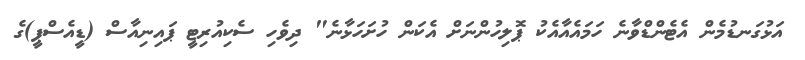
އަޅުގަނޑުމެން އެޓެންޑްވާނެ ހަމައެއާއެކު ޕޮލިހުންނަށް އެކަން ހުށަހަޅާނެ" ދިވެހި ސެކިއުރިޓީ ޕައިނިއާސް (ޑީއެސްޕީ)ގެ